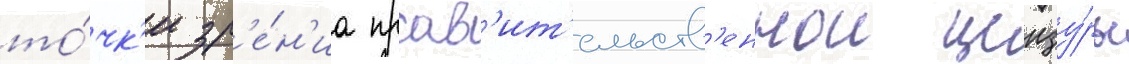
то́чк'и зр'е́н'иа прав'ит'ельств'еннои цензу́ры